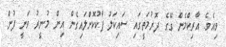
ވިއެވެ. އާރިކްމެން ގޭގެ ދޮރުމަތީގައި ސައިކަލު ޕާކުކޮށްލައިގެން އިން މުނީރު ވަނީ ފުން